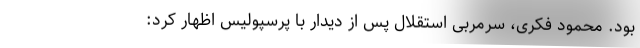
بود. محمود فکری، سرمربی استقلال پس از دیدار با پرسپولیس اظهار کرد: